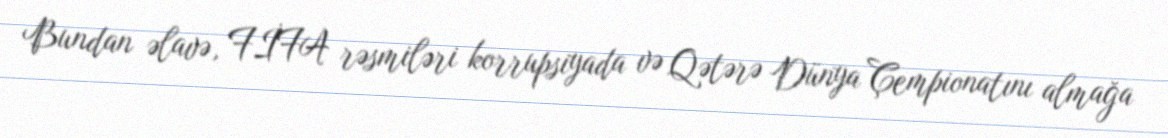
Bundan əlavə, FİFA rəsmiləri korrupsiyada və Qətərə Dünya Çempionatını almağa